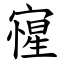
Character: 㝭